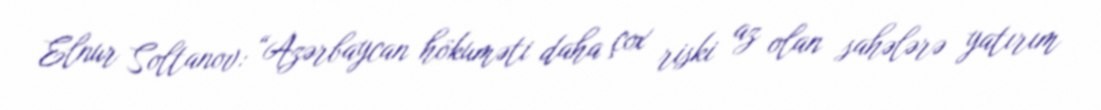
Elnur Soltanov: “Azərbaycan hökuməti daha çox riski az olan sahələrə yatırım